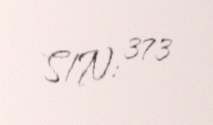
S/N: 373